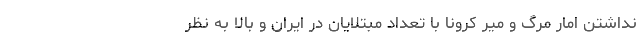
نداشتن امار مرگ و میر کرونا با تعداد مبتلایان در ایران و بالا به نظر